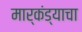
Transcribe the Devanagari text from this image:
मार्कंड्याचा